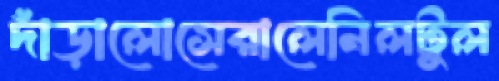
দাঁড়ালোসেরালেনিলটুল